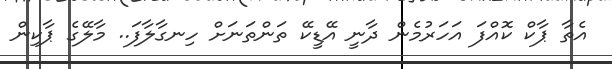
އެތާ ޕާކް ކޮއްފަ އަހަރުމެން ދާނީ އޭޑީކޭ ތަންތަނަށް ހިނގާލާފަ.. މާލޭގެ ޕާކިން